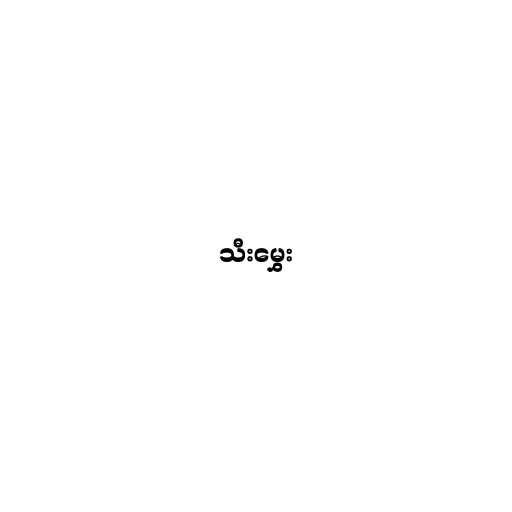
သီးမွှေး